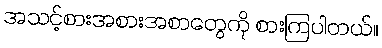
အသင့်စားအစားအစာတွေကို စားကြပါတယ်။